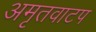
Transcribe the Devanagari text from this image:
अमृतवाटप